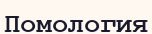
Помология